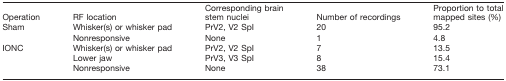
<table><thead><tr><td><b>Operation</b></td><td><b>RF location</b></td><td><b>Corresponding brain stem nuclei</b></td><td><b>Number of recordings</b></td><td><b>Proportion to total mapped sites (%)</b></td></tr></thead><tbody><tr><td>Sham</td><td>Whisker(s) or whisker pad</td><td>PrV2, V2 SpI</td><td>20</td><td>95.2</td></tr><tr><td></td><td>Nonresponsive</td><td>None</td><td>1</td><td>4.8</td></tr><tr><td rowspan="2">IONC</td><td>Whisker(s) or whisker pad</td><td>PrV2, V2 SpI</td><td>7</td><td>13.5</td></tr><tr><td>Lower jaw</td><td>PrV3, V3 SpI</td><td>8</td><td>15.4</td></tr><tr><td></td><td>Nonresponsive</td><td>None</td><td>38</td><td>73.1</td></tr></tbody></table>